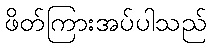
ဖိတ်ကြားအပ်ပါသည်